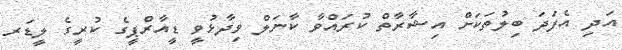
އަދި އެފަދަ ބިލުތަކަށް އިޝާރާތް ކުރައްވާ ކާނަލް ވިދާޅުވީ ޑީއާރްޕީގެ ކުރީގެ ލީޑަރ